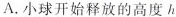
A.小球开始释放的高度h